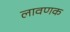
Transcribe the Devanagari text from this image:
लावणक